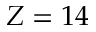
Z = 1 4